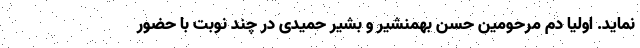
نماید. اولیا دم مرحومین حسن بهمنشیر و بشیر حمیدی در چند نوبت با حضور